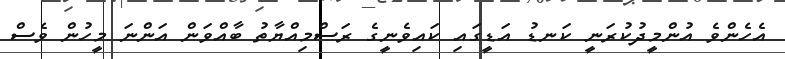
އެހެންވެ އުންމީދުކުރަނީ ކަނޑު އަޑީގައި ކައިވެނީގެ ރަސްމިއްޔާތު ބާއްވަން އަންނަ މީހުން ވެސް